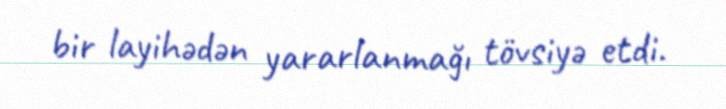
bir layihədən yararlanmağı tövsiyə etdi.